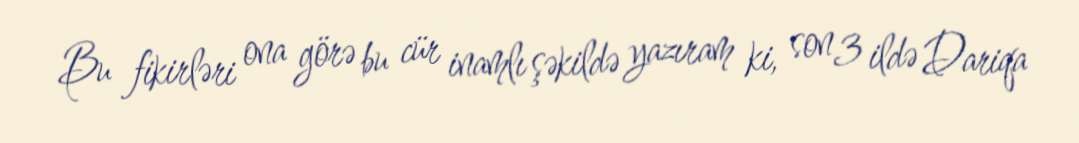
Bu fikirləri ona görə bu cür inamlı şəkildə yazıram ki, son 3 ildə Dariqa